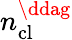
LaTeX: n_{\mathrm{cl}}^{\ddag}